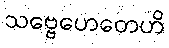
သဗ္ဗေဟေတေဟိ